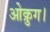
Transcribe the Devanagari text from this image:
ओक्रुग।